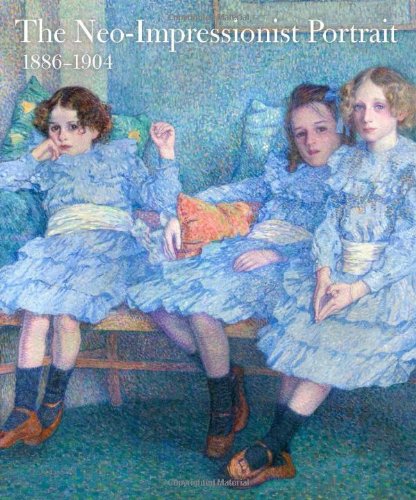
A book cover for The Neo-Impressionist Portrait, 1886EE1904 (Indianapolis Museum of Art); Arts & Photography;